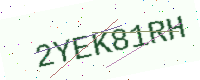
Text: 2YEK81RH